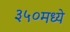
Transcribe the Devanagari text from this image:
३५०मध्ये